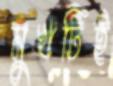
মুখটিই